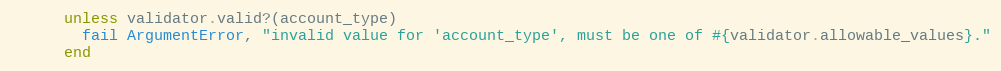
Language: Ruby
      unless validator.valid?(account_type)
        fail ArgumentError, "invalid value for 'account_type', must be one of #{validator.allowable_values}."
      end